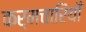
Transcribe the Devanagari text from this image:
कर्मचारियोँ